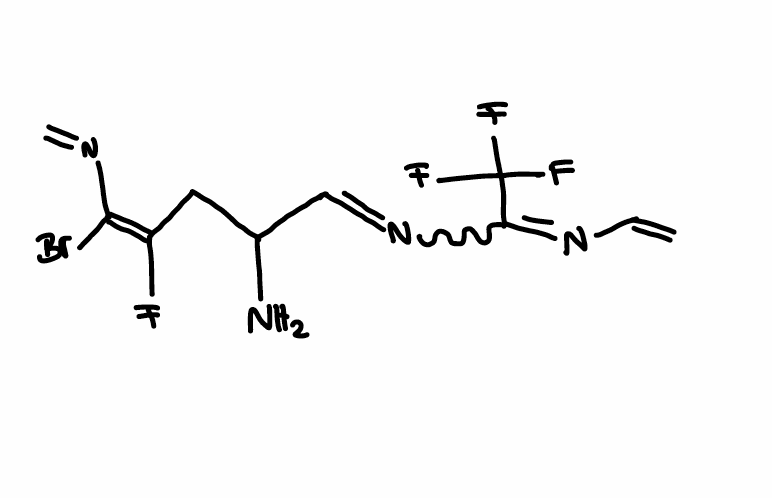
Simplified molecular-input line-entry system (SMILES) notation of the given molecule:
C=CN=C(C(F)(F)F)N=CC(C/C(=C(\N=C)/Br)/F)N